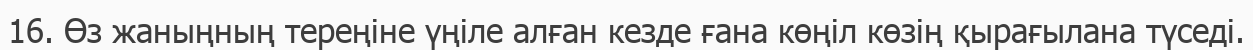
16. Өз жаныңның тереңіне үңіле алған кезде ғана көңіл көзің қырағылана түседі.